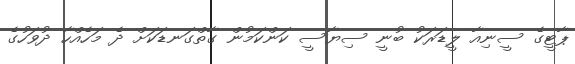
ޕާޓީގެ ސީނިއާ ލީޑަރަކު ބުނީ ސިޔާސީ ކަންކަމުން ގާތްގަނޑަކަށް ދެ މަހެއްހާ ދުވަހުގެ